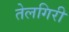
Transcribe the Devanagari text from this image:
तेलगिरी